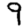
Digit: 9